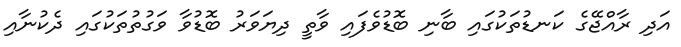
އަދި ރާއްޖޭގެ ކަނޑުތަކުގައި ބާނި ބޮޑުވެފައި ވާތީ ދިޔަވަރު ބޮޑުވާ ވަގުތުތަކުގައި ދެކުނާއި